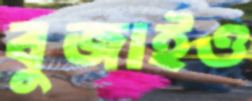
বুজাইও